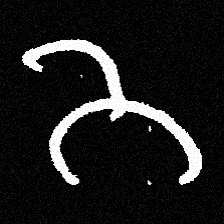
Pyu character \u2014 Myanmar letter: ဘ (romanized: bha)